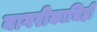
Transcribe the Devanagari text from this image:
नागरीकाचिही